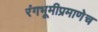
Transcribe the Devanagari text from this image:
रंगभूमीप्रमाणेच